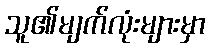
သူ၏မျက်လုံးများမှာ